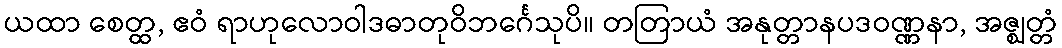
ယထာ စေတ္ထ, ဧဝံ ရာဟုလောဝါဒဓာတုဝိဘင်္ဂေသုပိ။ တတြာယံ အနုတ္တာနပဒဝဏ္ဏနာ, အဇ္ဈတ္တံ